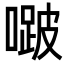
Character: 𭊱